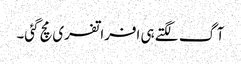
آگ لگتے ہی افراتفری مچ گئی۔